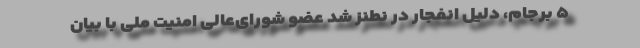
۵ برجام، دلیل انفجار در نطنز شد عضو شورای‌عالی امنیت ملّی با بیان